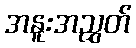
အနူးအညွှတ်